Vaccination in Bombay 1869-1873 - 1869-1873
Year: 1869
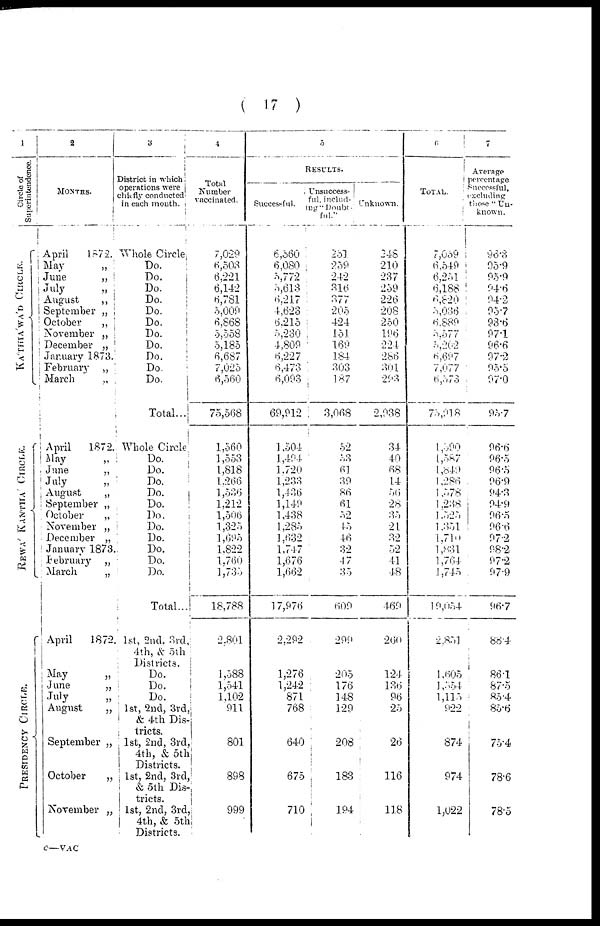
( 17 )
1
Circle of
Superintendence.
KÁTHIÁWÁD CIRCLE.
REWÁ KANTHÁ CIRCLE.
PRESIDENCY CIRCLE.
2
MONTHS.
April
1872.
May
„
June
„
July
„
August
„
September „
October
„
November „
December „
January 1873.
February „
March „
April
1872.
May „
June
„
July
„
August
„
September „
October
„
November „
December „
January 1873.
February „
March
„
April
1872.
May „
June
„
July
„
August
„
September „
October
„
November „
3
District in which
operations were
chiefly conducted
in each month.
Whole Circle.
Do.
Do.
Do.
Do.
Do.
Do.
Do.
Do.
Do.
Do.
Do.
Total...
Whole Circle
Do.
Do.
Do.
Do.
Do.
Do.
Do.
Do.
Do.
Do.
Do.
Total...
1st, 2nd. 3rd,
4th, & 5th
Districts.
Do.
Do.
Do.
1st, 2nd, 3rd,
& 4th Dis-
tricts.
1st, 2nd, 3rd,
4th, & 5th
Districts.
1st, 2nd, 3rd,
& 5th Dis¬
tricts.
1st, 2nd, 3rd,
4th, & 5th
Districts.
4
Total
Number
vaccinated.
7,029
6,503
6,221
6,142
6,781
5,009
6,868
5,558
5,185
6,687
7,025
6,560
75,568
1,560
1,553
1,818
1,266
1,536
1,212
1,506
1,325
1,695
1,822
1,760
1,735
18,788
2,801
1,588
1,541
1,102
911
801
898
999
5
RESULTS.
Successful.
6,560
6,080
5,772
5,613
6,217
4,623
6,215
5,230
4,809
6,227
6,473
6,093
69,912
1,504
1,494
1,720
1,233
1,436
1,149
1,438
1,285
1,632
1,747
1,676
1,662
17,976
2,292
1,276
1,242
871
768
640
675
710
Unsuccess-
ful, includ-
ing "Doubt-
ful."
251
259
242
316
377
205
424
151
169
184
303
187
3,068
52
53
61
39
86
61
52
45
46
32
47
35
609
299
205
176
148
129
208
183
194
Unknown.
248
210
237
259
226
208
250
196
224
286
301
293
2,938
34
40
68
14
56
28
35
21
32
52
41
48
469
260
124
136
96
25
26
116
118
6
TOTAL.
7,059
6,549
6,251
6,188
6,820
5,036
6,889
5,577
5,262
6,697
7,077
6,573
75,918
1,590
1,587
1,849
1,286
1,578
1,238
1,525
1,351
1,710
1,831
1,764
1,745
19,054
2,851
1,605
1,554
1,115
922
874
974
1,022
7
Average
percentage
Successful,
excluding
those
Un-
known.
96.3
95.9
95.9
94.6
94.2
95.7
93.6
97.1
96.6
97.2
95.5
97.0
95.7
96.6
96.5
96.5
96.9
94.3
94.9
96.5
96.6
97.2
98.2
97.2
97.9
96.7
88.4
86.1
87.5
85.4
85.6
75.4
78.6
78.5
C—VAC